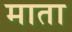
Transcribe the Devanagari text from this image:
माता